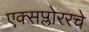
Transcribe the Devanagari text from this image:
एक्सप्लोररचे